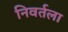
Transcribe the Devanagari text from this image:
निवर्तला